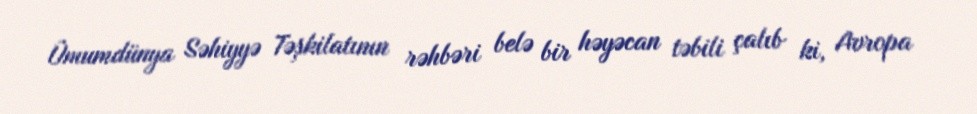
Ümumdünya Səhiyyə Təşkilatının rəhbəri belə bir həyəcan təbili çalıb ki, Avropa